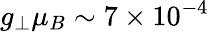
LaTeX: g_{\perp}\mu_{B}\sim 7\times 10^{-4}